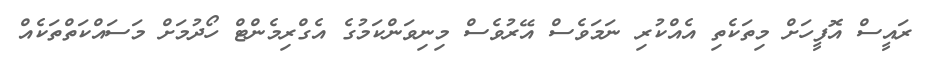
ރައީސް އޮފީހަށް މިތަކެތި އެއްކުރި ނަމަވެސް އޭރުވެސް މިނިވަންކަމުގެ އެގްރިމެންޓް ހޯދުމަށް މަސައްކަތްތަކެއް